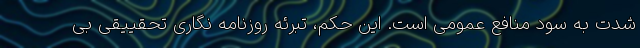
شدت به سود منافع عمومی است. این حکم، تبرئه روزنامه نگاری تحقییقی بی